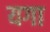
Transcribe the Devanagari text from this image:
यगा